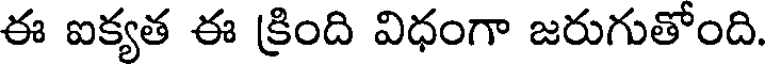
ఈ ఐక్యత ఈ క్రింది విధంగా జరుగుతోంది.